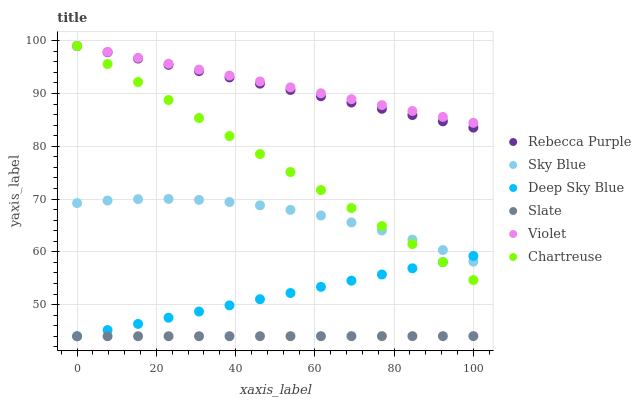
| xaxis_label | Rebecca Purple | Sky Blue | Deep Sky Blue | Slate | Violet | Chartreuse |
 | --- | --- | --- | --- | --- | --- | --- |
 | 0 | 99 | 69.2 | 44 | 44 | 99 | 99 |
 | 7.69 | 97.8 | 69.7 | 45.2 | 44 | 97.9 | 95.6 |
 | 15.4 | 96.6 | 70 | 46.3 | 44 | 96.8 | 92.2 |
 | 23.1 | 95.4 | 70 | 47.5 | 44 | 95.6 | 88.8 |
 | 30.8 | 94.2 | 69.8 | 48.7 | 44 | 94.5 | 85.4 |
 | 38.5 | 93.1 | 69.4 | 49.9 | 44 | 93.4 | 81.9 |
 | 46.2 | 91.9 | 68.8 | 51 | 44 | 92.3 | 78.5 |
 | 53.8 | 90.7 | 68 | 52.2 | 44 | 91.2 | 75.1 |
 | 61.5 | 89.5 | 66.9 | 53.4 | 44 | 90 | 71.7 |
 | 69.2 | 88.3 | 65.6 | 54.5 | 44 | 88.9 | 68.3 |
 | 76.9 | 87.1 | 64.1 | 55.7 | 44 | 87.8 | 64.9 |
 | 84.6 | 85.9 | 62.3 | 56.9 | 44 | 86.7 | 61.5 |
 | 92.3 | 84.7 | 60.3 | 58 | 44 | 85.6 | 58.1 |
 | 100 | 83.5 | 58.1 | 59.2 | 44 | 84.4 | 54.6 |